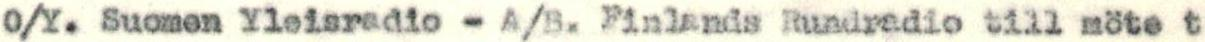
O/Y. Suomen Yleisradio - A/B. Finlands Rundradio till möte t